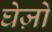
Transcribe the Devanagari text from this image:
घेज़ो